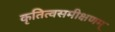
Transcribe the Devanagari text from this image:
कृतित्वसमीक्षणम्